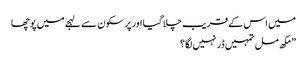
میں اس کے قریب چلا گیا اور پر سکون سے لہجے میں پوچھا
” مکھ مل تمہیں ڈر نہیں لگا؟